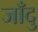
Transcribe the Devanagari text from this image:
जाँदु